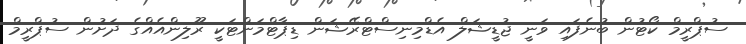
ސުޕްރީމް ކޯޓުން ބުނެފައި ވަނީ ޖުޑީޝަލް އެޑްމިނިސްޓްރޭޝަން ޑިޕާޓްމަންޓަކީ ރޫލިންއެއްގެ ދަށުން ސުޕްރީމް